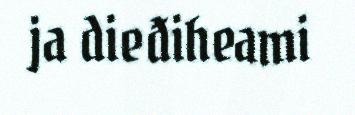
ja dieđiheami